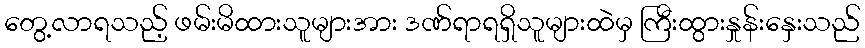
တွေ့လာရသည့် ဖမ်းမိထားသူများအား ဒဏ်ရာရရှိသူများထဲမှ ကြီးထွားနှုန်းနှေးသည်